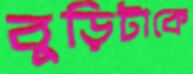
বুড়িটাকে